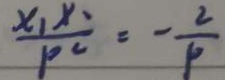
\frac { x _ { 1 } x _ { 2 } } { P ^ { 2 } } = - \frac { 2 } { P }